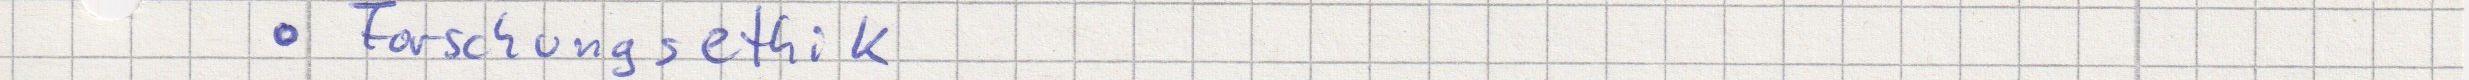
Forschungsethik